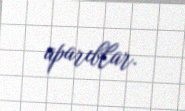
aparıblar.